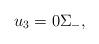
LaTeX: \begin{align*}u_3 =0 \Sigma_-, \end{align*}